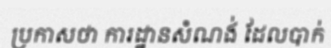
ប្រកាសថា ការដ្ឋានសំណង់ ដែលបាក់